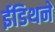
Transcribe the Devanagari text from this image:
ईडिथने